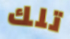
تلك